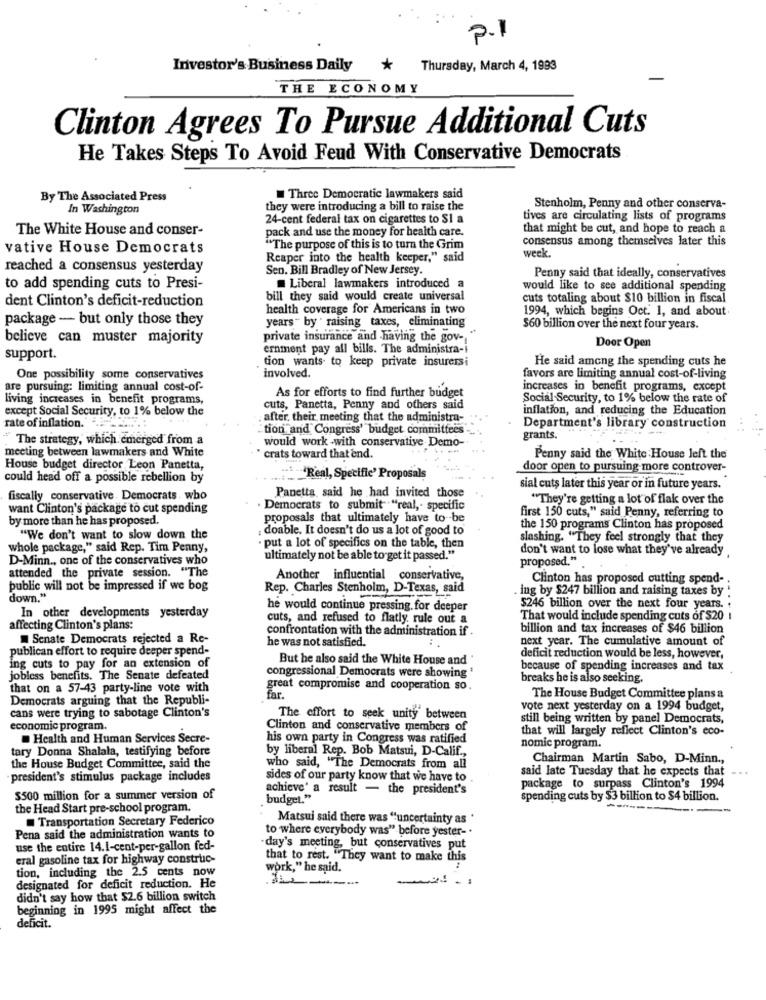
P.1
Investor's Business Daily
Thursday, March 4, 1993
THE ECONOMY
Clinton Agrees To Pursue Additional Cuts
He Takes Steps To Avoid Feud With Conservative Democrats
By The Associated Press
Three Democratic lawmakers said
In Washington
they were introducing a bill to raise the
Stenholm, Penny and other conserva-
24-cent federal tax on cigarettes to Si a
tives are circulating lists of programs
The White House and conser-
pack and use the money for health care.
that might be cut, and hope to reach a
consensus among themselves later this
vative House Democrats
"The purpose of this is to turn the Grim
Reaper into the health keeper," said
week.
reached a consensus yesterday
Sen. Bill Bradley of New Jersey.
Penny said that ideally, conservatives
to add spending cuts to Presi-
Liberal lawmakers introduced a
would like to see additional spending
dent Clinton's deficit-reduction
bill they said would create universal
cuts totaling about $10 billion in fiscal
health coverage for Americans in two
1994, which begins Oct. 1, and about.
package - but only those they
years " by " raising taxes, eliminating
$60 billion over the next four years.
believe can muster majority
private insurance and having the gov-"
ernment pay all bills. The administra-
Door Open
support.
tion wants to keep private insurersi
He said among the spending cuts he
involved.
One possibility some conservatives
favors are limiting annual cost-of-living
are pursuing: limiting annual cost-of-
increases in benefit programs, except
living increases in benefit programs,
As for efforts to find further budget
Social Security, to 1% below the rate of
except Social Security, to 1% below the
cuts, Panetta, Penny and others said
inflation, and reducing the Education
.after, their meeting that the administra-
rate of inflation.
tion and Congress' budget committees -
Department's library construction
The strategy, which emerged from a
would work -with conservative Demo-
grants.
meeting between lawmakers and White
crats toward that end.
Penny said the White House left the
House budget director Leon Panetta,
door open to pursuing more controver-
could head off a possible rebellion by
-Real, Specific' Proposals
sial cuts later this year or in future years.
fiscally conservative. Democrats who
Panetta said he had invited those
"They're getting a lot of flak over the
want Clinton's package to cut spending
. Democrats to submit" "real ,- specific
by more than he has proposed.
proposals that ultimately have to be
first 150 cuts," said Penny, referring to
doable. It doesn't do us a lot of good to
the 150 programs Clinton has proposed
"We don't want to slow down the
slashing. "They feel strongly that they
whole package," said Rep. Tim Penny,
put a lot of specifics on the table, then
don't want to lose what they've already
D-Minn ., one of the conservatives who
ultimately not be able to get it passed."
proposed."
attended the private session. "The
Another influential conservative,
Clinton has proposed cutting spend-
public will not be impressed if we bog
Rep. Charles Stenholm, D-Texas, said
. ing by $247 billion and raising taxes by
down."
--
he would continue pressing, for deeper
$246 billion over the next four years.
In other developments yesterday
cuts, and refused to flatly, rule out a
That would include spending cuts of $20 I
affecting Clinton's plans:
confrontation with the administration if
billion and tax increases of $46 billion
Senate Democrats rejected a Re-
he was not satisfied.
next year. The cumulative amount of
publican effort to require deeper spend-
But he also said the White House and '
deficit reduction would be less, however,
ing cuts to pay for an extension of
congressional Democrats were showing
because of spending increases and tax
jobless benefits. The Senate defeated
breaks he is also seeking.
that on a 57-43 party-line vote with
great compromise and cooperation so.
Democrats arguing that the Republi-
Far.
The House Budget Committee plans a
cans were trying to sabotage Clinton's
vote next yesterday on a 1994 budget,
The effort to seek unity between
still being written by panel Democrats,
economic program.
Clinton and conservative members of
that will largely reflect Clinton's eco-
Health and Human Services Secre-
his own party in Congress was ratified
tary Donna Shalala, testifying before
by liberal Rep. Bob Matsui, D-Calif .,
nomic program.
Chairman Martin Sabo, D-Minn .,
the House Budget Committee, said the
who said, "The Democrats from all
said late Tuesday that he expects that
president's stimulus package includes
sides of our party know that we have to .
achieve' a result - the president's
package to surpass Clinton's 1994
$500 million for a summer version of
budget."
spending cuts by $3 billion to $4 billion.
the Head Start pre-school program.
Transportation Secretary Federico
Matsui said there was "uncertainty as "
to where everybody was" before yester- .
Pena said the administration wants to
use the entire 14.1-cent-per-gallon fed-
day's meeting, but conservatives put
eral gasoline tax for highway construc-
that to rest. "They want to make this
tion, including the 2.5 cents now
work," he said.
designated for deficit reduction. He
didn't say how that $2.6 billion switch
beginning in 1995 might affect the
deficit.